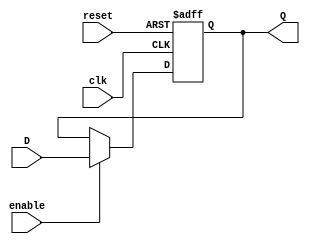
// Flip Flop tipo D

module FFD1b
	( input wire clk, reset, enable,
		input wire D,
		output reg Q);

	  always @(posedge clk or posedge reset) begin
		if (reset)
			Q <= 1'b0;
		else if(enable)
			Q <= D;
    end
endmodule

module FFD2b(
    input wire clk, reset, enable,
    input wire [1:0]D,
    output wire [1:0]Q);

    FFD1b u0(clk, reset, enable, D[0], Q[0]);
    FFD1b u1(clk, reset, enable, D[1], Q[1]);
endmodule

module FFD4b(
    input wire clk, reset, enable,
    input wire [3:0]D,
    output wire [3:0]Q);

    FFD2b u2(clk, reset, enable, D[1:0], Q[1:0]);
    FFD2b u3(clk, reset, enable, D[3:2], Q[3:2]);
endmodule